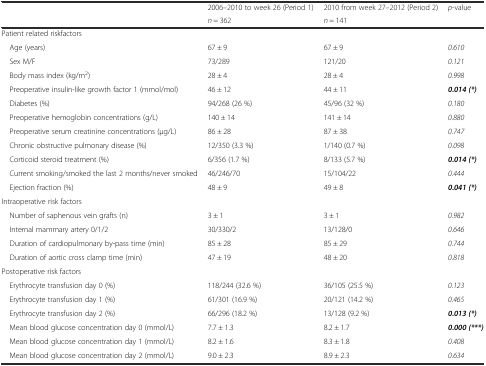
<table><thead><tr><td rowspan="2"></td><td><b>2006–2010 to week 26 (Period 1)</b></td><td><b>2010 from week 27–2012 (Period 2)</b></td><td rowspan="2"><b><i>p</i>-value</b></td></tr><tr><td><b><i>n</i> = 362</b></td><td><b><i>n</i> = 141</b></td></tr></thead><tbody><tr><td colspan="4">Patient related riskfactors</td></tr><tr><td> Age (years)</td><td>67 ± 9</td><td>67 ± 9</td><td><i>0.610</i></td></tr><tr><td> Sex M/F</td><td>73/289</td><td>121/20</td><td><i>0.121</i></td></tr><tr><td> Body mass index (kg/m<sup>2</sup>)</td><td>28 ± 4</td><td>28 ± 4</td><td><i>0.998</i></td></tr><tr><td> Preoperative insulin-like growth factor 1 (mmol/mol)</td><td>46 ± 12</td><td>44 ± 11</td><td><b><i>0.014 (*)</i></b></td></tr><tr><td> Diabetes (%)</td><td>94/268 (26 %)</td><td>45/96 (32 %)</td><td><i>0.180</i></td></tr><tr><td> Preoperative hemoglobin concentrations (g/L)</td><td>140 ± 14</td><td>141 ± 14</td><td><i>0.880</i></td></tr><tr><td> Preoperative serum creatinine concentrations (μg/L)</td><td>86 ± 28</td><td>87 ± 38</td><td><i>0.747</i></td></tr><tr><td> Chronic obstructive pulmonary disease (%)</td><td>12/350 (3.3 %)</td><td>1/140 (0.7 %)</td><td><i>0.098</i></td></tr><tr><td> Corticoid steroid treatment (%)</td><td>6/356 (1.7 %)</td><td>8/133 (5.7 %)</td><td><b><i>0.014 (*)</i></b></td></tr><tr><td> Current smoking/smoked the last 2 months/never smoked</td><td>46/246/70</td><td>15/104/22</td><td><i>0.444</i></td></tr><tr><td> Ejection fraction (%)</td><td>48 ± 9</td><td>49 ± 8</td><td><b><i>0.041 (*)</i></b></td></tr><tr><td colspan="4">Intraoperative risk factors</td></tr><tr><td> Number of saphenous vein grafts (n)</td><td>3 ± 1</td><td>3 ± 1</td><td><i>0.982</i></td></tr><tr><td> Internal mammary artery 0/1/2</td><td>30/330/2</td><td>13/128/0</td><td><i>0.646</i></td></tr><tr><td> Duration of cardiopulmonary by-pass time (min)</td><td>85 ± 28</td><td>85 ± 29</td><td><i>0.744</i></td></tr><tr><td> Duration of aortic cross clamp time (min)</td><td>47 ± 19</td><td>48 ± 20</td><td><i>0.818</i></td></tr><tr><td colspan="4">Postoperative risk factors</td></tr><tr><td> Erythrocyte transfusion day 0 (%)</td><td>118/244 (32.6 %)</td><td>36/105 (25.5 %)</td><td><i>0.123</i></td></tr><tr><td> Erythrocyte transfusion day 1 (%)</td><td>61/301 (16.9 %)</td><td>20/121 (14.2 %)</td><td><i>0.465</i></td></tr><tr><td> Erythrocyte transfusion day 2 (%)</td><td>66/296 (18.2 %)</td><td>13/128 (9.2 %)</td><td><b><i>0.013 (*)</i></b></td></tr><tr><td> Mean blood glucose concentration day 0 (mmol/L)</td><td>7.7 ± 1.3</td><td>8.2 ± 1.7</td><td><b><i>0.000 (***)</i></b></td></tr><tr><td> Mean blood glucose concentration day 1 (mmol/L)</td><td>8.2 ± 1.6</td><td>8.3 ± 1.8</td><td><i>0.408</i></td></tr><tr><td> Mean blood glucose concentration day 2 (mmol/L)</td><td>9.0 ± 2.3</td><td>8.9 ± 2.3</td><td><i>0.634</i></td></tr></tbody></table>